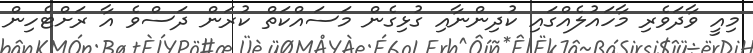
މިއީ ވާދަވެރި މާހައުލެއްގައި ކުދިންނާއި ގުޅިގެން މަސައްކަތް ކުރަން ދަސްވެ އާ ރަށްޓެހިން